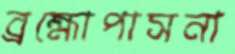
ব্রহ্মোপাসনা